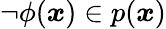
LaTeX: \lnot\phi({\boldsymbol{x}})\in p({\boldsymbol{x}})